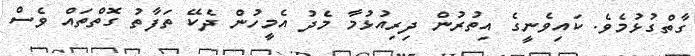
ގާތްގުޅުމެވެ. ކައިވެނީގެ އިތުރުން ދިރިއުޅުމާ މެދު އެމީހުން ދެކޭ ތަފާތު ގޮތްތައް ވެސް